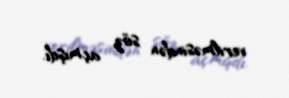
verilməsindən söz açmışdı.